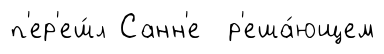
п'ер'еш́л Санн'е р'еша́ющем